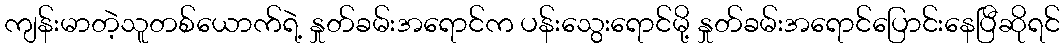
ကျန်းမာတဲ့သူတစ်ယောက်ရဲ့ နှုတ်ခမ်းအရောင်က ပန်းသွေးရောင်မို့ နှုတ်ခမ်းအရောင်ပြောင်းနေပြီဆိုရင်